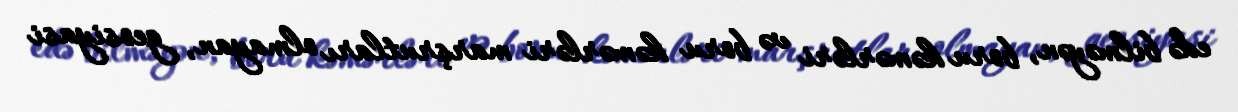
edə bilməyən, boru kəmərləri və boru kəmərləri marşrutları olmayan, geosiyasi